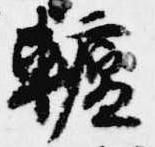
轤